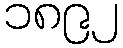
၁၈၉၂